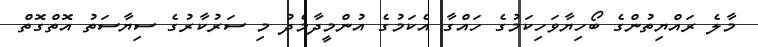
މާލެ ރައްޔިތުންގެ ބޯހިޔާވަހިކަމުގެ ހައްގާ އެކަމުގެ އުންމީދާމެދު މި ސަރުކާރުގެ ސިޔާސަތު އޮތްގޮތް